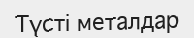
Түсті металдар